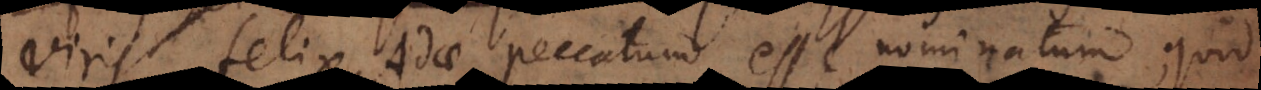
viris felix Adae peccatum esse nominatum, quod